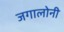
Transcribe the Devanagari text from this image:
जगालोनी